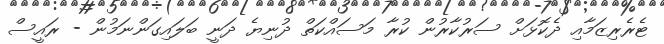
ޓެރެރިޒަމާއި ދެކޮޅަށް ސަރުކާރުން ކުރާ މަސައްކަތް ދުނިޔެ ދަނީ ބަލައިގަންނަމުން - ރައީސް